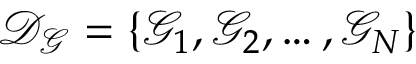
\mathcal { D } _ { \mathcal { G } } = \{ \mathcal { G } _ { 1 } , \mathcal { G } _ { 2 } , \ldots , \mathcal { G } _ { N } \}